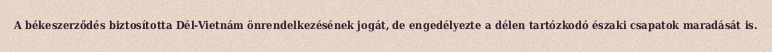
A békeszerződés biztosította Dél-Vietnám önrendelkezésének jogát, de engedélyezte a délen tartózkodó északi csapatok maradását is.